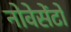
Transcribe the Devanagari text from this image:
नोवेसेंटो